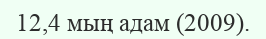
12,4 мың адам (2009).